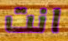
انت